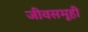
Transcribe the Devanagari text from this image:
जीवसमूही